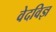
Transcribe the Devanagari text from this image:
वेदविज्ञ